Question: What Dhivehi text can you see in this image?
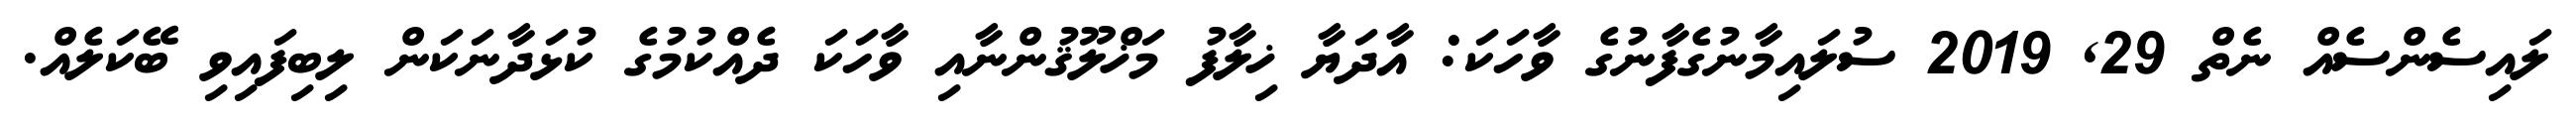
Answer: ލައިސެންސެއް ނެތް 29, 2019 ސުލައިމާނުގެފާނުގެ ވާހަކަ: އާދަޔާ ޚިލާފު މަޚްލޫޤުންނާއި ވާހަކަ ދެއްކުމުގެ ކުޅަދާނަކަން ލިބިފައިވި ބޭކަލެއް.